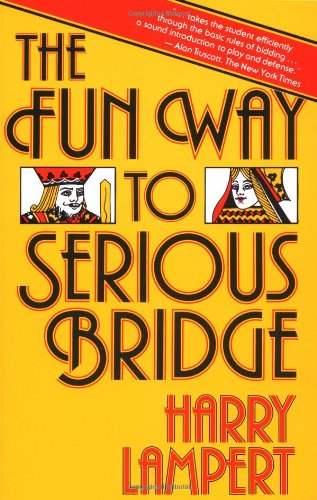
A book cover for The Fun Way to Serious Bridge; Harry Lampert; Humor & Entertainment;